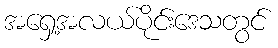
အရှေ့အလယ်ပိုင်းဒေသတွင်